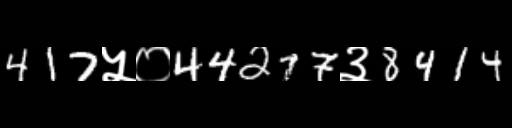
Text: 417५०44277३8414